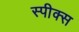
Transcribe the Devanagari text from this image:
स्पीक्स